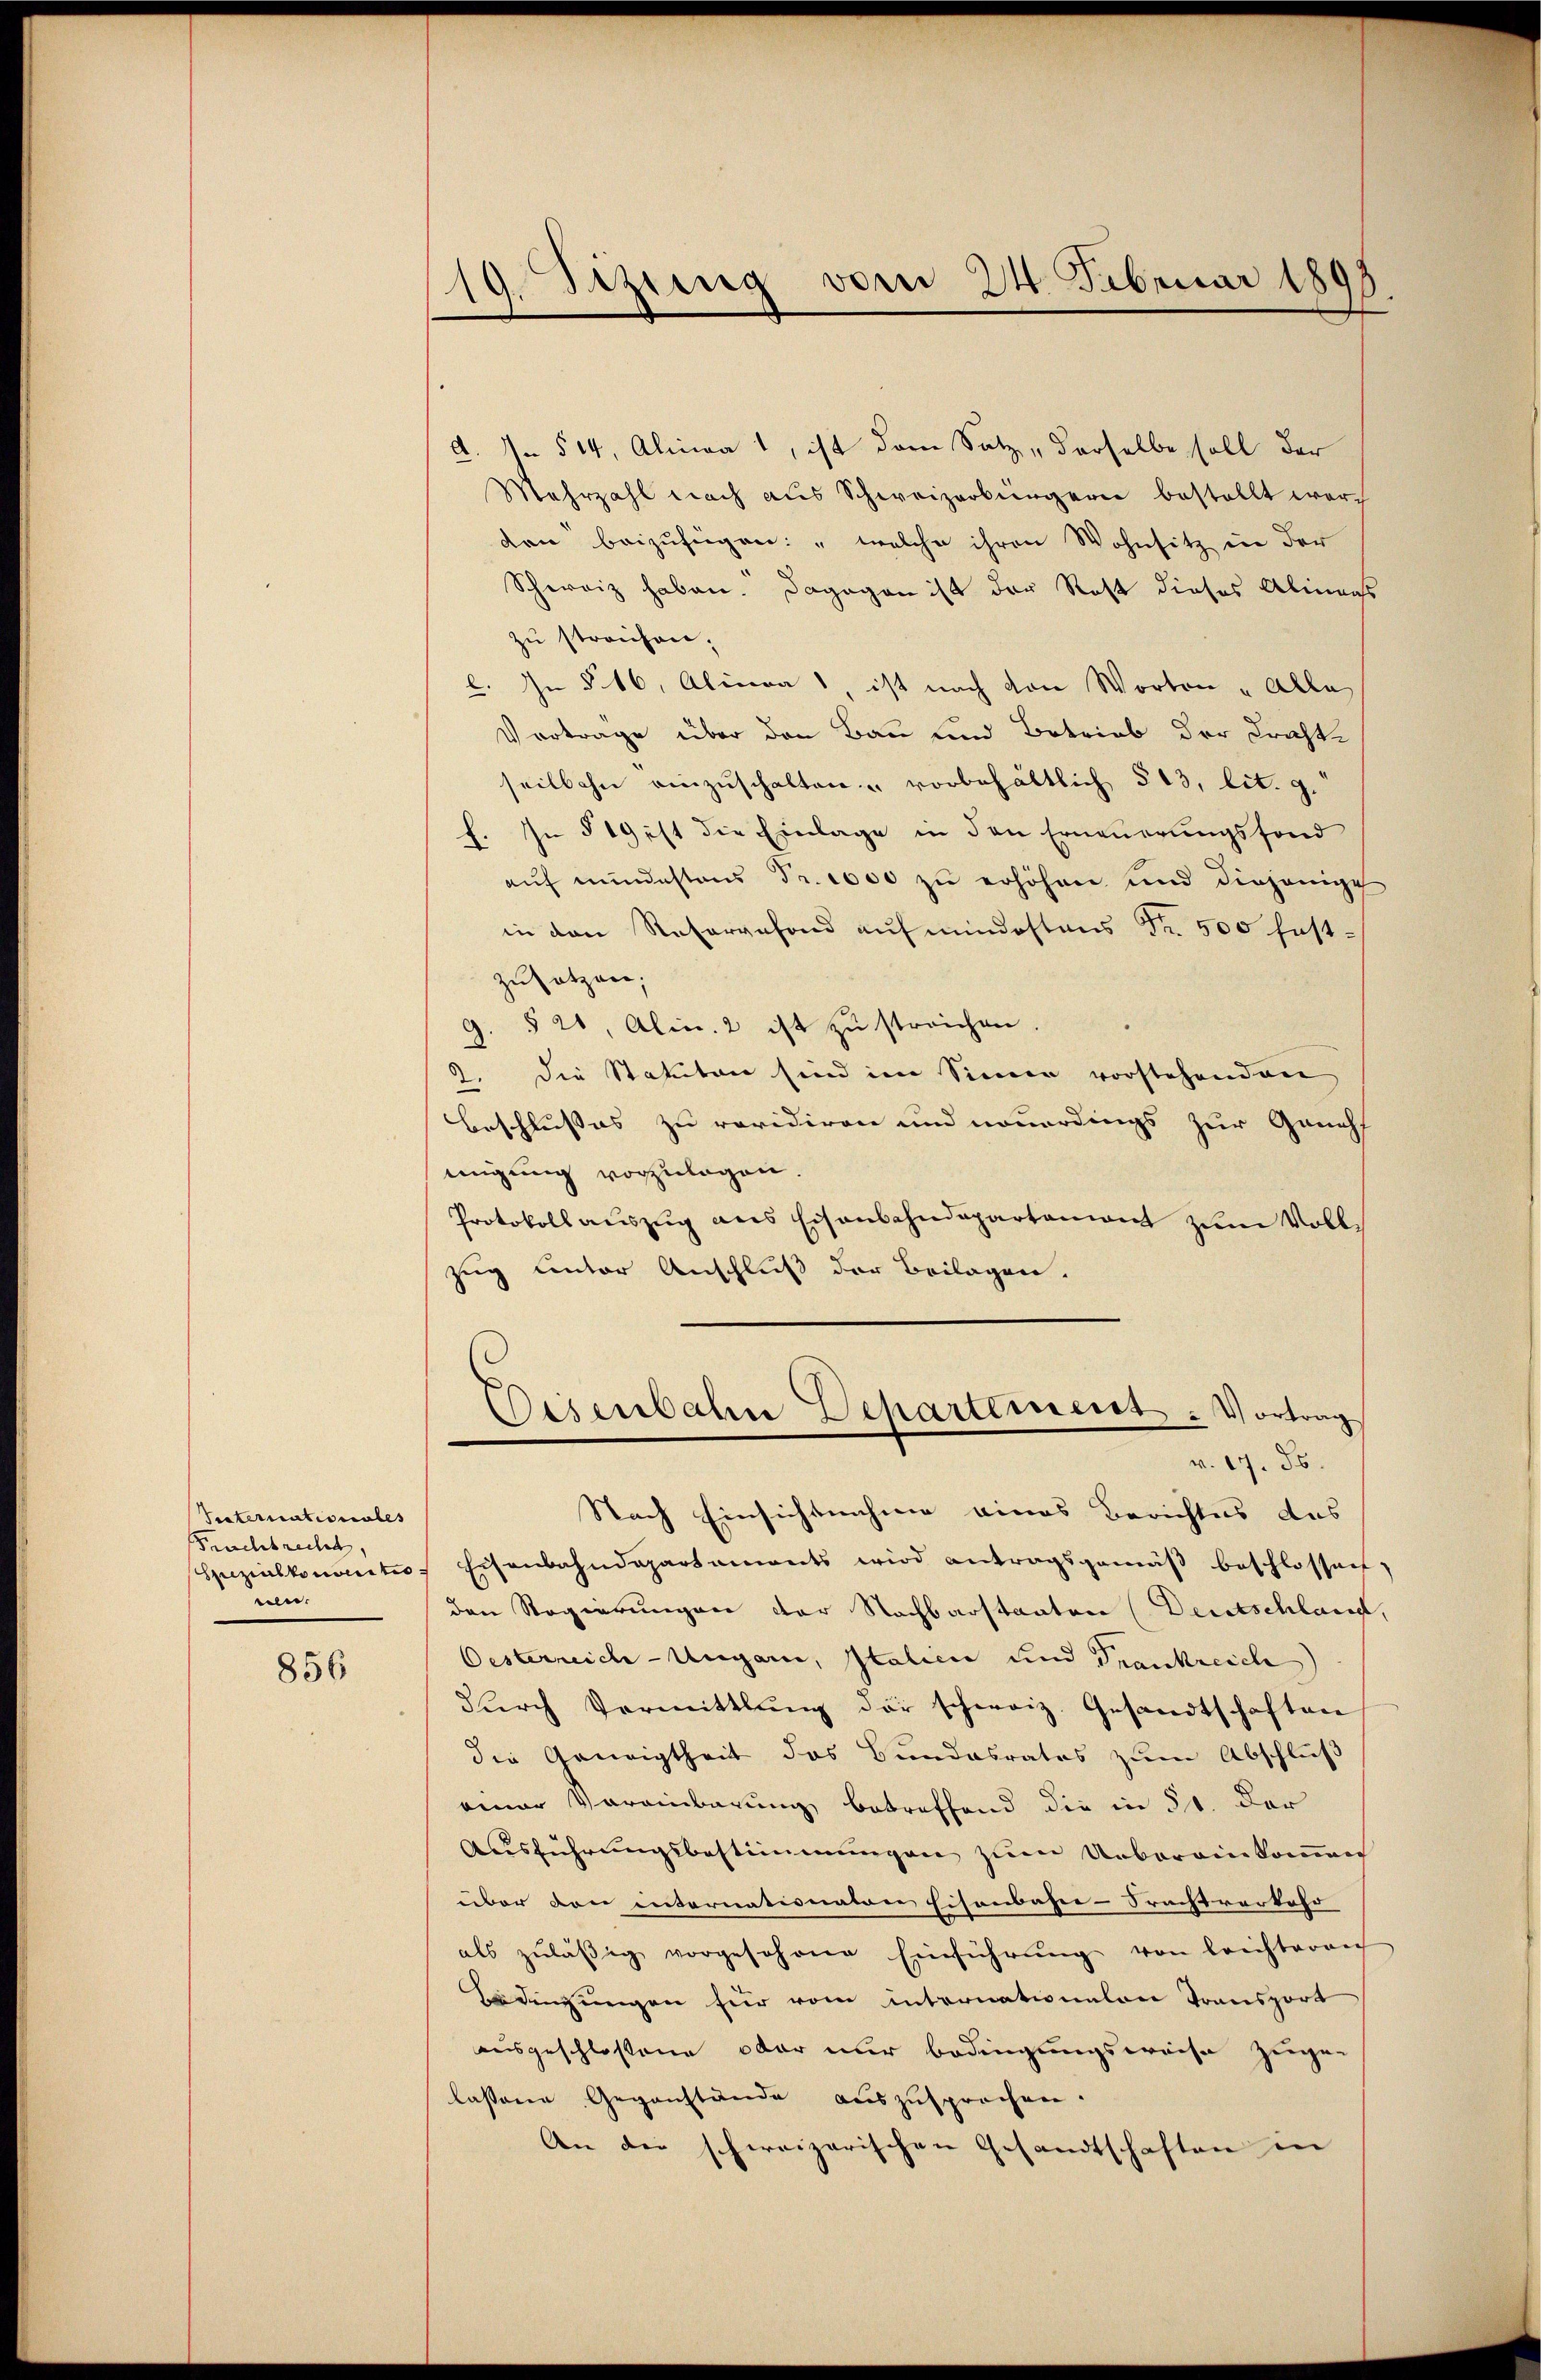
Suternationales
Frachtrecht,
Spezialkonseitis
eele.

856

19. Sizung vom 24. Februar 1897
¬

d. 7. 514, Alina 1, ist dem Satz derselbe soll der
Mehrzahl nach aus Schweizerbürgern bestellt werden beizufügen: „welche ihren Wohnsitz in der
Schweiz haben. Dagegen ist der Rost dieses Alineass
zu streichen.
l. In § 16, Alina", ist nach von Worten „Alle
Vortrage über den Bau und Betrieb der Kraftseilbahn einzuschalten. " vorbehältlich § 13, lit. g.
f. In § 19 ist die Einlage in den Erneuerungsfond
aŭf mŭndestens Fr. 1000 zŭ erhöhen und diejenige
in den Reservefond aŭf mindestens Fr. 500 fest-
zusetzen;
G. § 21, Alin. 2 ist zu streichen
2. Die Statuten sind im Sinner vorstehenden
Beschlusses zu revidiren und neuerdings zur Geneh
migung vorzulegen
Protokoll aŭszŭg ans Eisenbahndepartament zŭm Vollzug unter Anschluß der Beilagen.

Disenbahn Departement . Vortrag
v. 17. ds.

Nach Einsichtnahme eines Berichtes das
Eisenbahndepartements wird antragsgemäß beschlossen,
den Regierungen der Nachbarstaaten Deutschland,
Oesterreich-Ungarn, Italici und Frankreich
durch Vermittlung der schweiz. Gesandtschaften
die Geneigtheit des Bundesrates zum Abschluß
einer Vereinbarung betreffend die in 51. Der
Ausführungsbestimmungen zum Uebereinkommen
über den internationaten Eisenbahn-Srachtverkehr |
als zŭläβig vorgeschene Einführŭng von leichteran
Bedingungen für vom internationalen Transporn
ausgeschlossene oder nur bedingungsweise zugen
lassene Gegenstände auszusprechen.
An die schweizerischen Gesandtschaften in